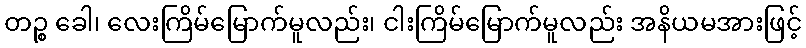
တဉ္စ ခေါ၊ လေးကြိမ်မြောက်မူလည်း၊ ငါးကြိမ်မြောက်မူလည်း အနိယမအားဖြင့်